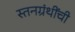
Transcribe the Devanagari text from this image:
स्तनग्रंथींची